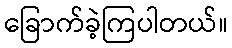
ခြောက်ခဲ့ကြပါတယ်။